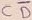
Text: CD